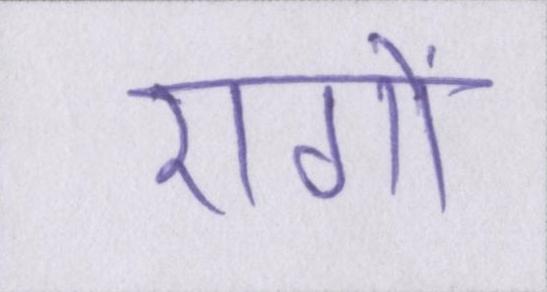
रागों